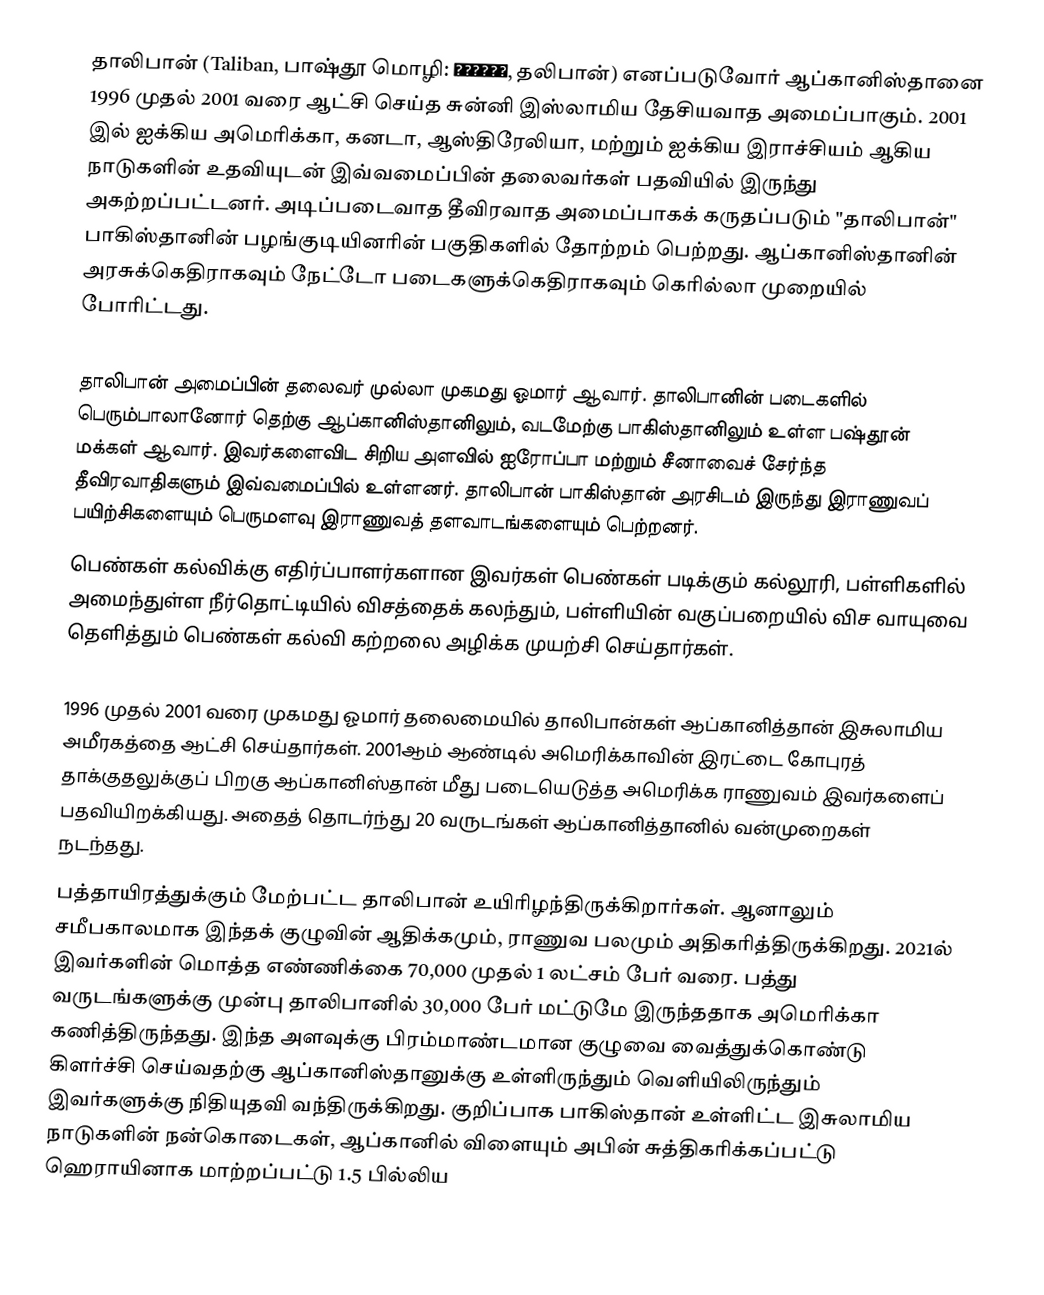
தாலிபான் (Taliban, பாஷ்தூ மொழி: طالبان, தலிபான்) எனப்படுவோர் ஆப்கானிஸ்தானை 1996 முதல் 2001 வரை ஆட்சி செய்த சுன்னி இஸ்லாமிய தேசியவாத அமைப்பாகும். 2001 இல் ஐக்கிய அமெரிக்கா, கனடா, ஆஸ்திரேலியா, மற்றும் ஐக்கிய இராச்சியம் ஆகிய நாடுகளின் உதவியுடன் இவ்வமைப்பின் தலைவர்கள் பதவியில் இருந்து அகற்றப்பட்டனர். அடிப்படைவாத தீவிரவாத அமைப்பாகக் கருதப்படும் "தாலிபான்" பாகிஸ்தானின் பழங்குடியினரின் பகுதிகளில் தோற்றம் பெற்றது. ஆப்கானிஸ்தானின் அரசுக்கெதிராகவும் நேட்டோ படைகளுக்கெதிராகவும் கெரில்லா முறையில் போரிட்டது.

தாலிபான் அமைப்பின் தலைவர் முல்லா முகமது ஓமார் ஆவார். தாலிபானின் படைகளில் பெரும்பாலானோர் தெற்கு ஆப்கானிஸ்தானிலும், வடமேற்கு பாகிஸ்தானிலும் உள்ள பஷ்தூன் மக்கள் ஆவார். இவர்களைவிட சிறிய அளவில் ஐரோப்பா மற்றும் சீனாவைச் சேர்ந்த தீவிரவாதிகளும் இவ்வமைப்பில் உள்ளனர். தாலிபான் பாகிஸ்தான் அரசிடம் இருந்து இராணுவப் பயிற்சிகளையும் பெருமளவு இராணுவத் தளவாடங்களையும் பெற்றனர்.
பெண்கள் கல்விக்கு எதிர்ப்பாளர்களான இவர்கள் பெண்கள் படிக்கும் கல்லூரி, பள்ளிகளில் அமைந்துள்ள நீர்தொட்டியில் விசத்தைக் கலந்தும், பள்ளியின் வகுப்பறையில் விச வாயுவை தெளித்தும் பெண்கள் கல்வி கற்றலை அழிக்க முயற்சி செய்தார்கள்.

1996 முதல் 2001 வரை முகமது ஓமார் தலைமையில் தாலிபான்கள் ஆப்கானித்தான் இசுலாமிய அமீரகத்தை  ஆட்சி செய்தார்கள். 2001ஆம் ஆண்டில் அமெரிக்காவின் இரட்டை கோபுரத் தாக்குதலுக்குப் பிறகு ஆப்கானிஸ்தான் மீது படையெடுத்த அமெரிக்க ராணுவம் இவர்களைப் பதவியிறக்கியது. அதைத் தொடர்ந்து 20 வருடங்கள் ஆப்கானித்தானில் வன்முறைகள் நடந்தது.
பத்தாயிரத்துக்கும் மேற்பட்ட தாலிபான் உயிரிழந்திருக்கிறார்கள். ஆனாலும் சமீபகாலமாக இந்தக் குழுவின் ஆதிக்கமும், ராணுவ பலமும் அதிகரித்திருக்கிறது. 2021ல் இவர்களின் மொத்த எண்ணிக்கை 70,000 முதல் 1 லட்சம் பேர் வரை. பத்து வருடங்களுக்கு முன்பு தாலிபானில் 30,000 பேர் மட்டுமே இருந்ததாக அமெரிக்கா கணித்திருந்தது. இந்த அளவுக்கு பிரம்மாண்டமான குழுவை வைத்துக்கொண்டு கிளர்ச்சி செய்வதற்கு ஆப்கானிஸ்தானுக்கு உள்ளிருந்தும் வெளியிலிருந்தும் இவர்களுக்கு நிதியுதவி வந்திருக்கிறது. குறிப்பாக பாகிஸ்தான்  உள்ளிட்ட இசுலாமிய நாடுகளின் நன்கொடைகள், ஆப்கானில் விளையும் அபின் சுத்திகரிக்கப்பட்டு ஹெராயினாக மாற்றப்பட்டு 1.5 பில்லிய